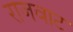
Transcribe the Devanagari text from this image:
राजवाट